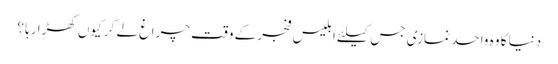
دنیا کا وہ واحد نمازی جس کیلئے ابلیس فجر کے وقت چراغ لے کر کیوں کھڑا رہا ؟